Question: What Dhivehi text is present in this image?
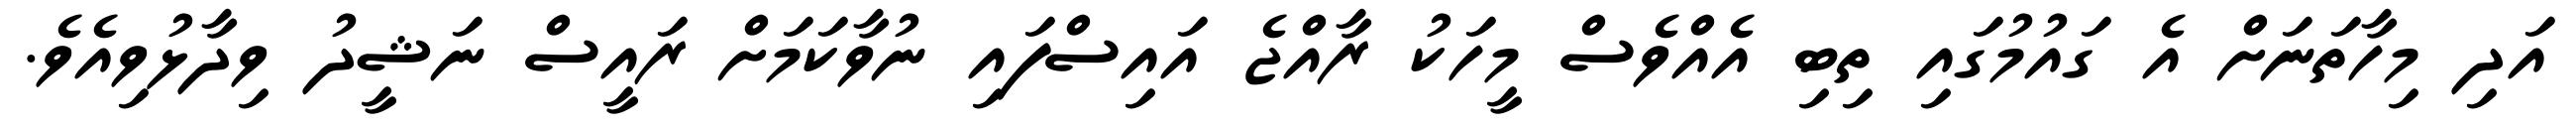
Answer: އަދި މިހާތަނަށް އެ ގައުމުގައި ތިބި އެއްވެސް މީހަކު ރާއްޖެ އައިސްފައި ނުވާކަމަށް ރައީސް ނަޝީދު ވިދާޅުވިއެވެ.